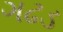
ગઢડ